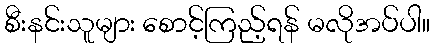
စီးနင်းသူများ စောင့်ကြည့်ရန် မလိုအပ်ပါ။